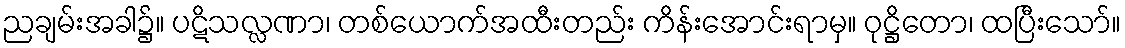
ညချမ်းအခါ၌။ ပဋိသလ္လဏာ၊ တစ်ယောက်အထီးတည်း ကိန်းအောင်းရာမှ။ ဝုဋ္ဌိတော၊ ထပြီးသော်။